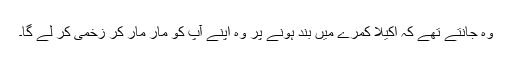
وہ جانتے تھے کہ اکیلا کمرے میں بند ہونے پر وہ اپنے آپ کو مار مار کر زخمی کر لے گا۔